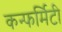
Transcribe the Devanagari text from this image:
कन्फर्मिटी